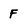
Character: F